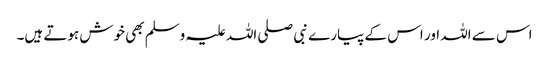
اس سے اللہ اور اس کے پیارے نبی صلی اللہ علیہ وسلم بھی خوش ہوتے ہیں۔